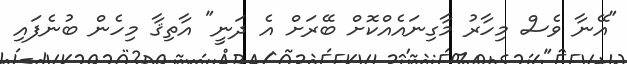
"އޭނާ ވެސް މިހާރު މާގިނައެއްކޮށް ބޭރަށް އެ ދަނީ" އާތިޤާ މިހެން ބުނެފައި